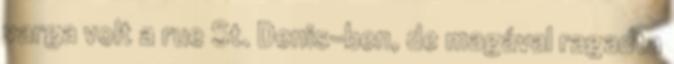
varga volt a rue St. Denis-ben, de magával ragadta